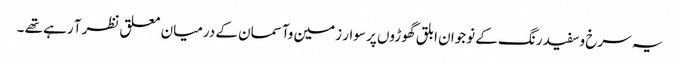
یہ سرخ وسفید رنگ کے نوجوان ابلق گھوڑوں پر سوار زمین وآسمان کے درمیان معلق نظرآ رہے تھے ۔